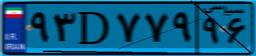
۹۳D۷۷۹۹۶